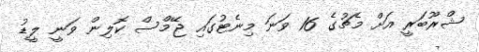
ޝްރޫބަރީ އަށް މެޗުގެ 16 ވަނަ މިނެޓުގައި ޖޭމްސް ކޮލިން ވަނީ ލީޑު